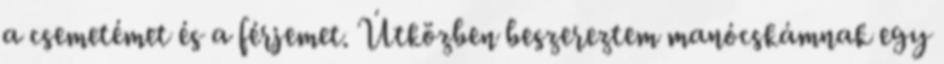
a csemetémet és a férjemet. Útközben beszereztem manócskámnak egy